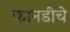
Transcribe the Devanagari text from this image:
कानडीचे